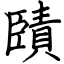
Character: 賾